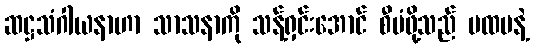
ဆဋ္ဌသံဂါယနာဟာ သာသနာကို သန့်ရှင်းအောင် စီမံဖို့သည် ပထမနဲ့